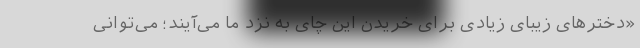
«دختر‌های زیبای زیادی برای خریدن این چای به نزد ما می‌آیند؛ می‌توانی